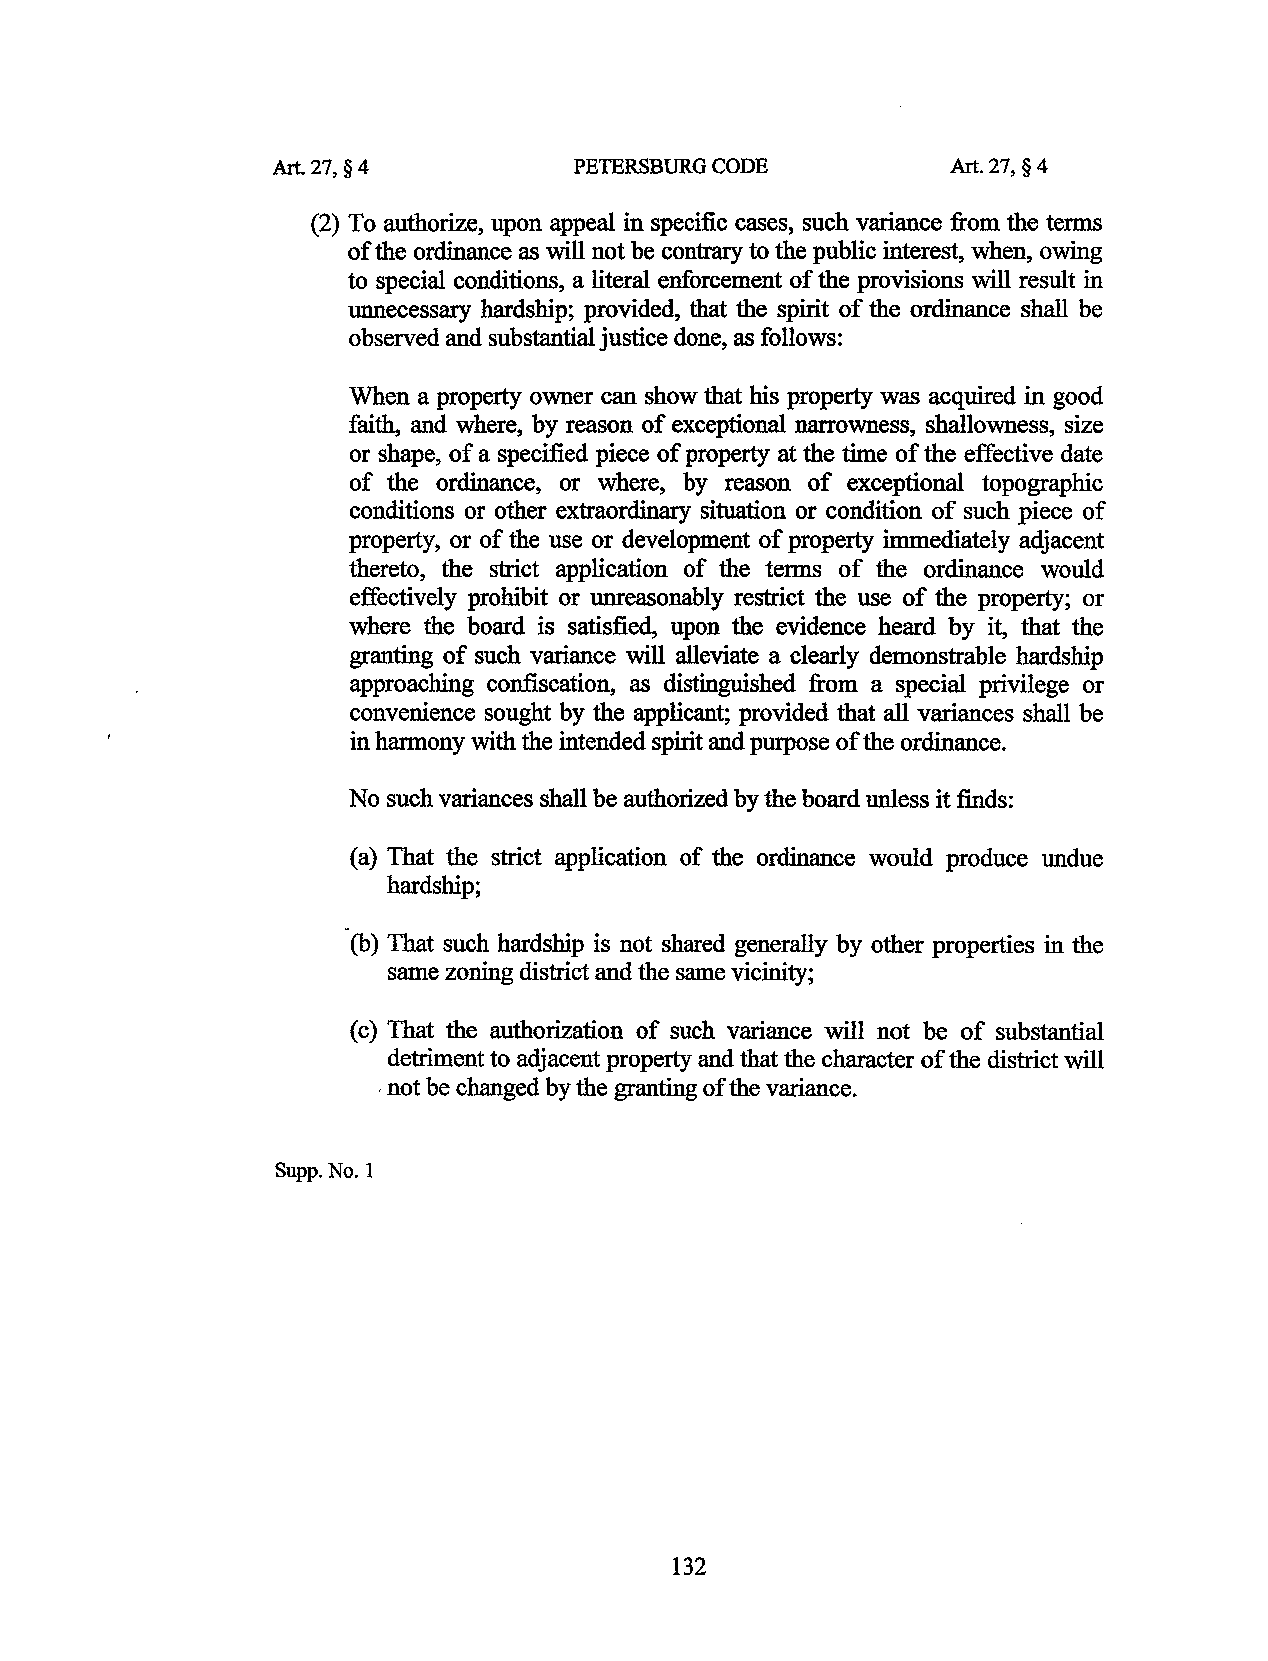
Art.27, §4          PETERSBURG CODE          Art.27, § 4
 (2) To authorize, upon appeal in specific cases, such variance from the terms
 of the ordinance as will not be contrary to the public interest, when, owing
 to special conditions, a literal enforcement of the provisions will result in
 unnecessary hardship; provided, that the spirit of the ordinance shall be
 observed and substantial justice done, as follows:
 When a property owner can show that his property was acquired in good
 faith, and where, by reason of exceptional narrowness, shallowness, size
 or shape, of a specified piece of property at the time of the effective date
 of the ordinance, or where, by reason of exceptional topographic
 conditions or other extraordinary situation or condition of such piece of
 property, or of the use or development of property immediately adjacent
 thereto, the strict application of the terms of the ordinance would
 effectively prohibit or unreasonably restrict the use of the property; or
 where the board is satisfied, upon the evidence heard by it, that the
 granting of such variance will alleviate a clearly demonstrable hardship
 approaching confiscation, as distinguished from a special privilege or
 convenience sought by the applicant; provided that all variances shall be
 in harmony with the intended spirit and purpose of the ordinance.
 No such variances shall be authorized by the board unless it finds:
 (a) That the strict application of the ordinance would produce undue
 hardship;
 ·(b) That such hardship is not shared generally by other properties in the
 same zoning district and the same vicinity;
 (c) That the authorization of such variance will not be of substantial
 detriment to adjacent property and that the character of the district will
 . not be changed by the granting of the variance.
 Supp.No.l
 132